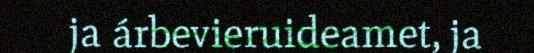
ja árbevieruideamet, ja